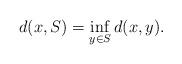
LaTeX: \begin{align*}d(x,S)=\inf_{y\in S} d(x,y).\end{align*}